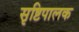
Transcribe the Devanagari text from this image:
सृष्टिपालक